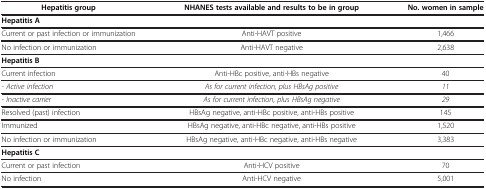
<table><thead><tr><td><b>Hepatitis group</b></td><td><b>NHANES tests available and results to be in group</b></td><td><b>No. women in sample</b></td></tr></thead><tbody><tr><td colspan="3"><b>Hepatitis A</b></td></tr><tr><td>Current or past infection or immunization</td><td>Anti-HAVT positive</td><td>1,466</td></tr><tr><td>No infection or immunization</td><td>Anti-HAVT negative</td><td>2,638</td></tr><tr><td colspan="3"><b>Hepatitis B</b></td></tr><tr><td>Current infection</td><td>Anti-HBc positive, anti-HBs negative</td><td>40</td></tr><tr><td><i>- Active infection</i></td><td><i>As for current infection, plus HBsAg positive</i></td><td><i>11</i></td></tr><tr><td><i>- Inactive carrier</i></td><td><i>As for current infection, plus HBsAg negative</i></td><td><i>29</i></td></tr><tr><td>Resolved (past) infection</td><td>HBsAg negative, anti-HBc positive, anti-HBs positive</td><td>145</td></tr><tr><td>Immunized</td><td>HBsAg negative, anti-HBc negative, anti-HBs positive</td><td>1,520</td></tr><tr><td>No infection or immunization</td><td>HBsAg negative, anti-HBc negative, anti-HBs negative</td><td>3,383</td></tr><tr><td colspan="3"><b>Hepatitis C</b></td></tr><tr><td>Current or past infection</td><td>Anti-HCV positive</td><td>70</td></tr><tr><td>No infection</td><td>Anti-HCV negative</td><td>5,001</td></tr></tbody></table>